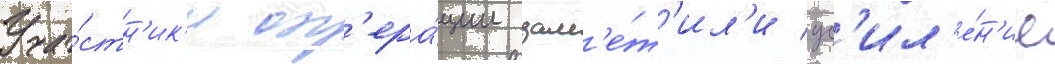
Уча́стн'ик'и оп'ера́ции зам'е́т'ил'и ус'ил'е́н'ие